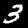
Digit: 3